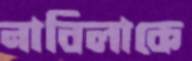
নাবিলাকে